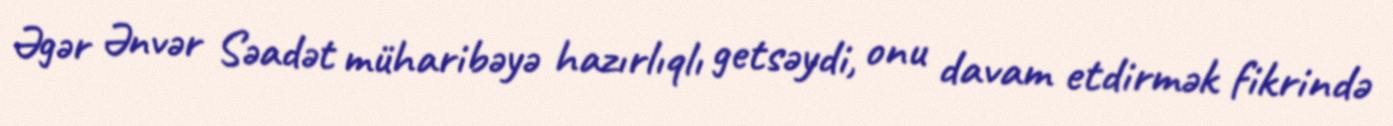
Əgər Ənvər Səadət müharibəyə hazırlıqlı getsəydi, onu davam etdirmək fikrində